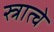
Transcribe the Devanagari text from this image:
स्त्रात्चे